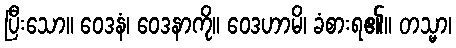
ပြီးသော။ ဝေဒနံ၊ ဝေဒနာကို။ ဝေဒဟာမိ၊ ခံစားရ၏။ တသ္မာ၊